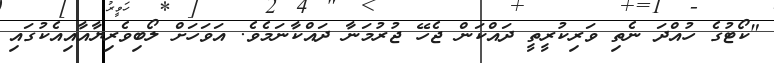
"ކޯޓުގެ ހުއްދަ ނެތި ވަރިކުރީތީ ދައްކަން ޖެހޭ ޖުރުމަނާ ދައްކާނަމެވެ. އަވަހަށް ލޯބިވެރިޔާއާއިއެކުގައި